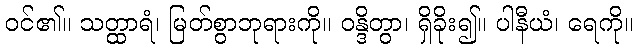
ဝင်၏။ သတ္ထာရံ၊ မြတ်စွာဘုရားကို။ ဝန္ဒိတွာ၊ ရှိခိုး၍။ ပါနီယံ၊ ရေကို။